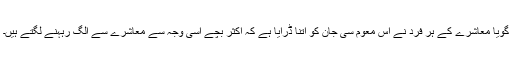
گویا معاشرے کے ہر فرد نے اس معوم سی جان کو اتنا ڈرایا ہے کہ اکثر بچے اسی وجہ سے معاشرے سے الگ رہہنے لگتے ہیں۔